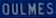
OULMES